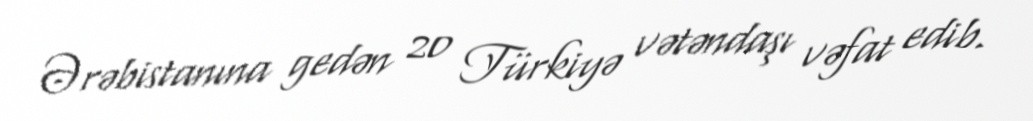
Ərəbistanına gedən 20 Türkiyə vətəndaşı vəfat edib.